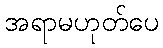
အရာမဟုတ်ပေ